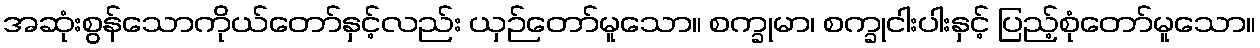
အဆုံးစွန်သောကိုယ်တော်နှင့်လည်း ယှဉ်တော်မူသော။ စက္ခုမာ၊ စက္ခုငါးပါးနှင့် ပြည့်စုံတော်မူသော။